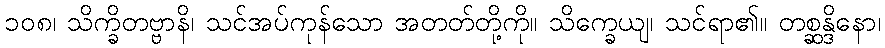
၁၀၈၊ သိက္ခိတဗ္ဗာနိ၊ သင်အပ်ကုန်သော အတတ်တို့ကို။ သိက္ခေယျ၊ သင်ရာ၏။ တစ္ဆန္ဒိနော၊